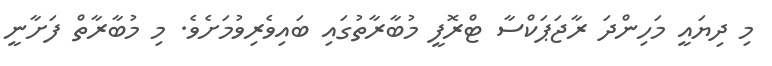
މި ދިޔައީ މަހިންދަ ރާޖަޕަކްސާ ޓްރޮފީ މުބާރާތުގައި ބައިވެރިވުމަށެވެ. މި މުބާރާތް ފަށާނީ